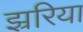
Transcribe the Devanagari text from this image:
झ्ररिया